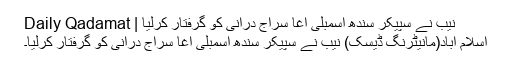
نیب نے سپیکر سندھ اسمبلی آغا سراج درانی کو گرفتار کرلیا | Daily Qadamat
اسلام آباد(مانیٹرنگ ڈیسک) نیب نے سپیکر سندھ اسمبلی آغا سراج درانی کو گرفتار کرلیا۔